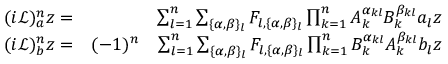
\begin{array} { r l r } { ( i \mathcal { L } ) _ { a } ^ { n } z = } & { } & { \sum _ { l = 1 } ^ { n } \sum _ { \{ \alpha , \beta \} _ { l } } F _ { l , \{ \alpha , \beta \} _ { l } } \prod _ { k = 1 } ^ { n } A _ { k } ^ { \alpha _ { k l } } B _ { k } ^ { \beta _ { k l } } a _ { l } z } \\ { ( i \mathcal { L } ) _ { b } ^ { n } z = } & { ( - 1 ) ^ { n } } & { \sum _ { l = 1 } ^ { n } \sum _ { \{ \alpha , \beta \} _ { l } } F _ { l , \{ \alpha , \beta \} _ { l } } \prod _ { k = 1 } ^ { n } B _ { k } ^ { \alpha _ { k l } } A _ { k } ^ { \beta _ { k l } } b _ { l } z } \end{array}